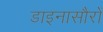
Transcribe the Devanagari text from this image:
डाइनासौरों